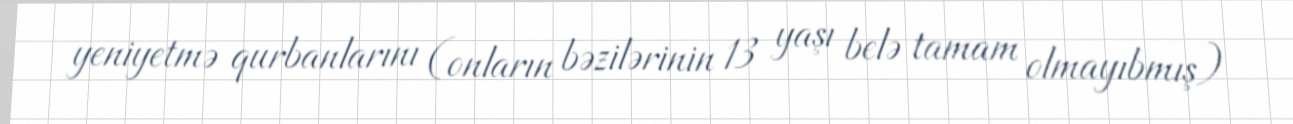
yeniyetmə qurbanlarını (onların bəzilərinin 13 yaşı belə tamam olmayıbmış)